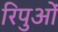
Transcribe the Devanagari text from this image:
रिपुओं